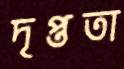
দৃপ্ততা